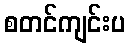
စတင်ကျင်းပ